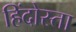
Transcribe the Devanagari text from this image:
हिंदोस्ता